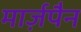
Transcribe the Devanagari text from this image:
मार्ज़पैन